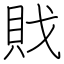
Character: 戝